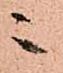
ニ